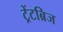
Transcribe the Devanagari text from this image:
ट्रेंटब्रिज